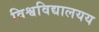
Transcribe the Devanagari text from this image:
विश्वविद्यालयय